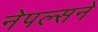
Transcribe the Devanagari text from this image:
नेपल्सने